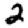
Digit: 2